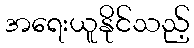
အရေးယူနိုင်သည့်